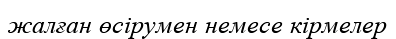
жалған өсірумен немесе кірмелер